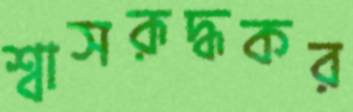
শ্বাসরূদ্ধকর